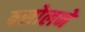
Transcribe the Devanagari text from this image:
वसोलने